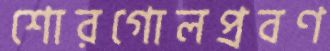
শোরগোলপ্রবণ